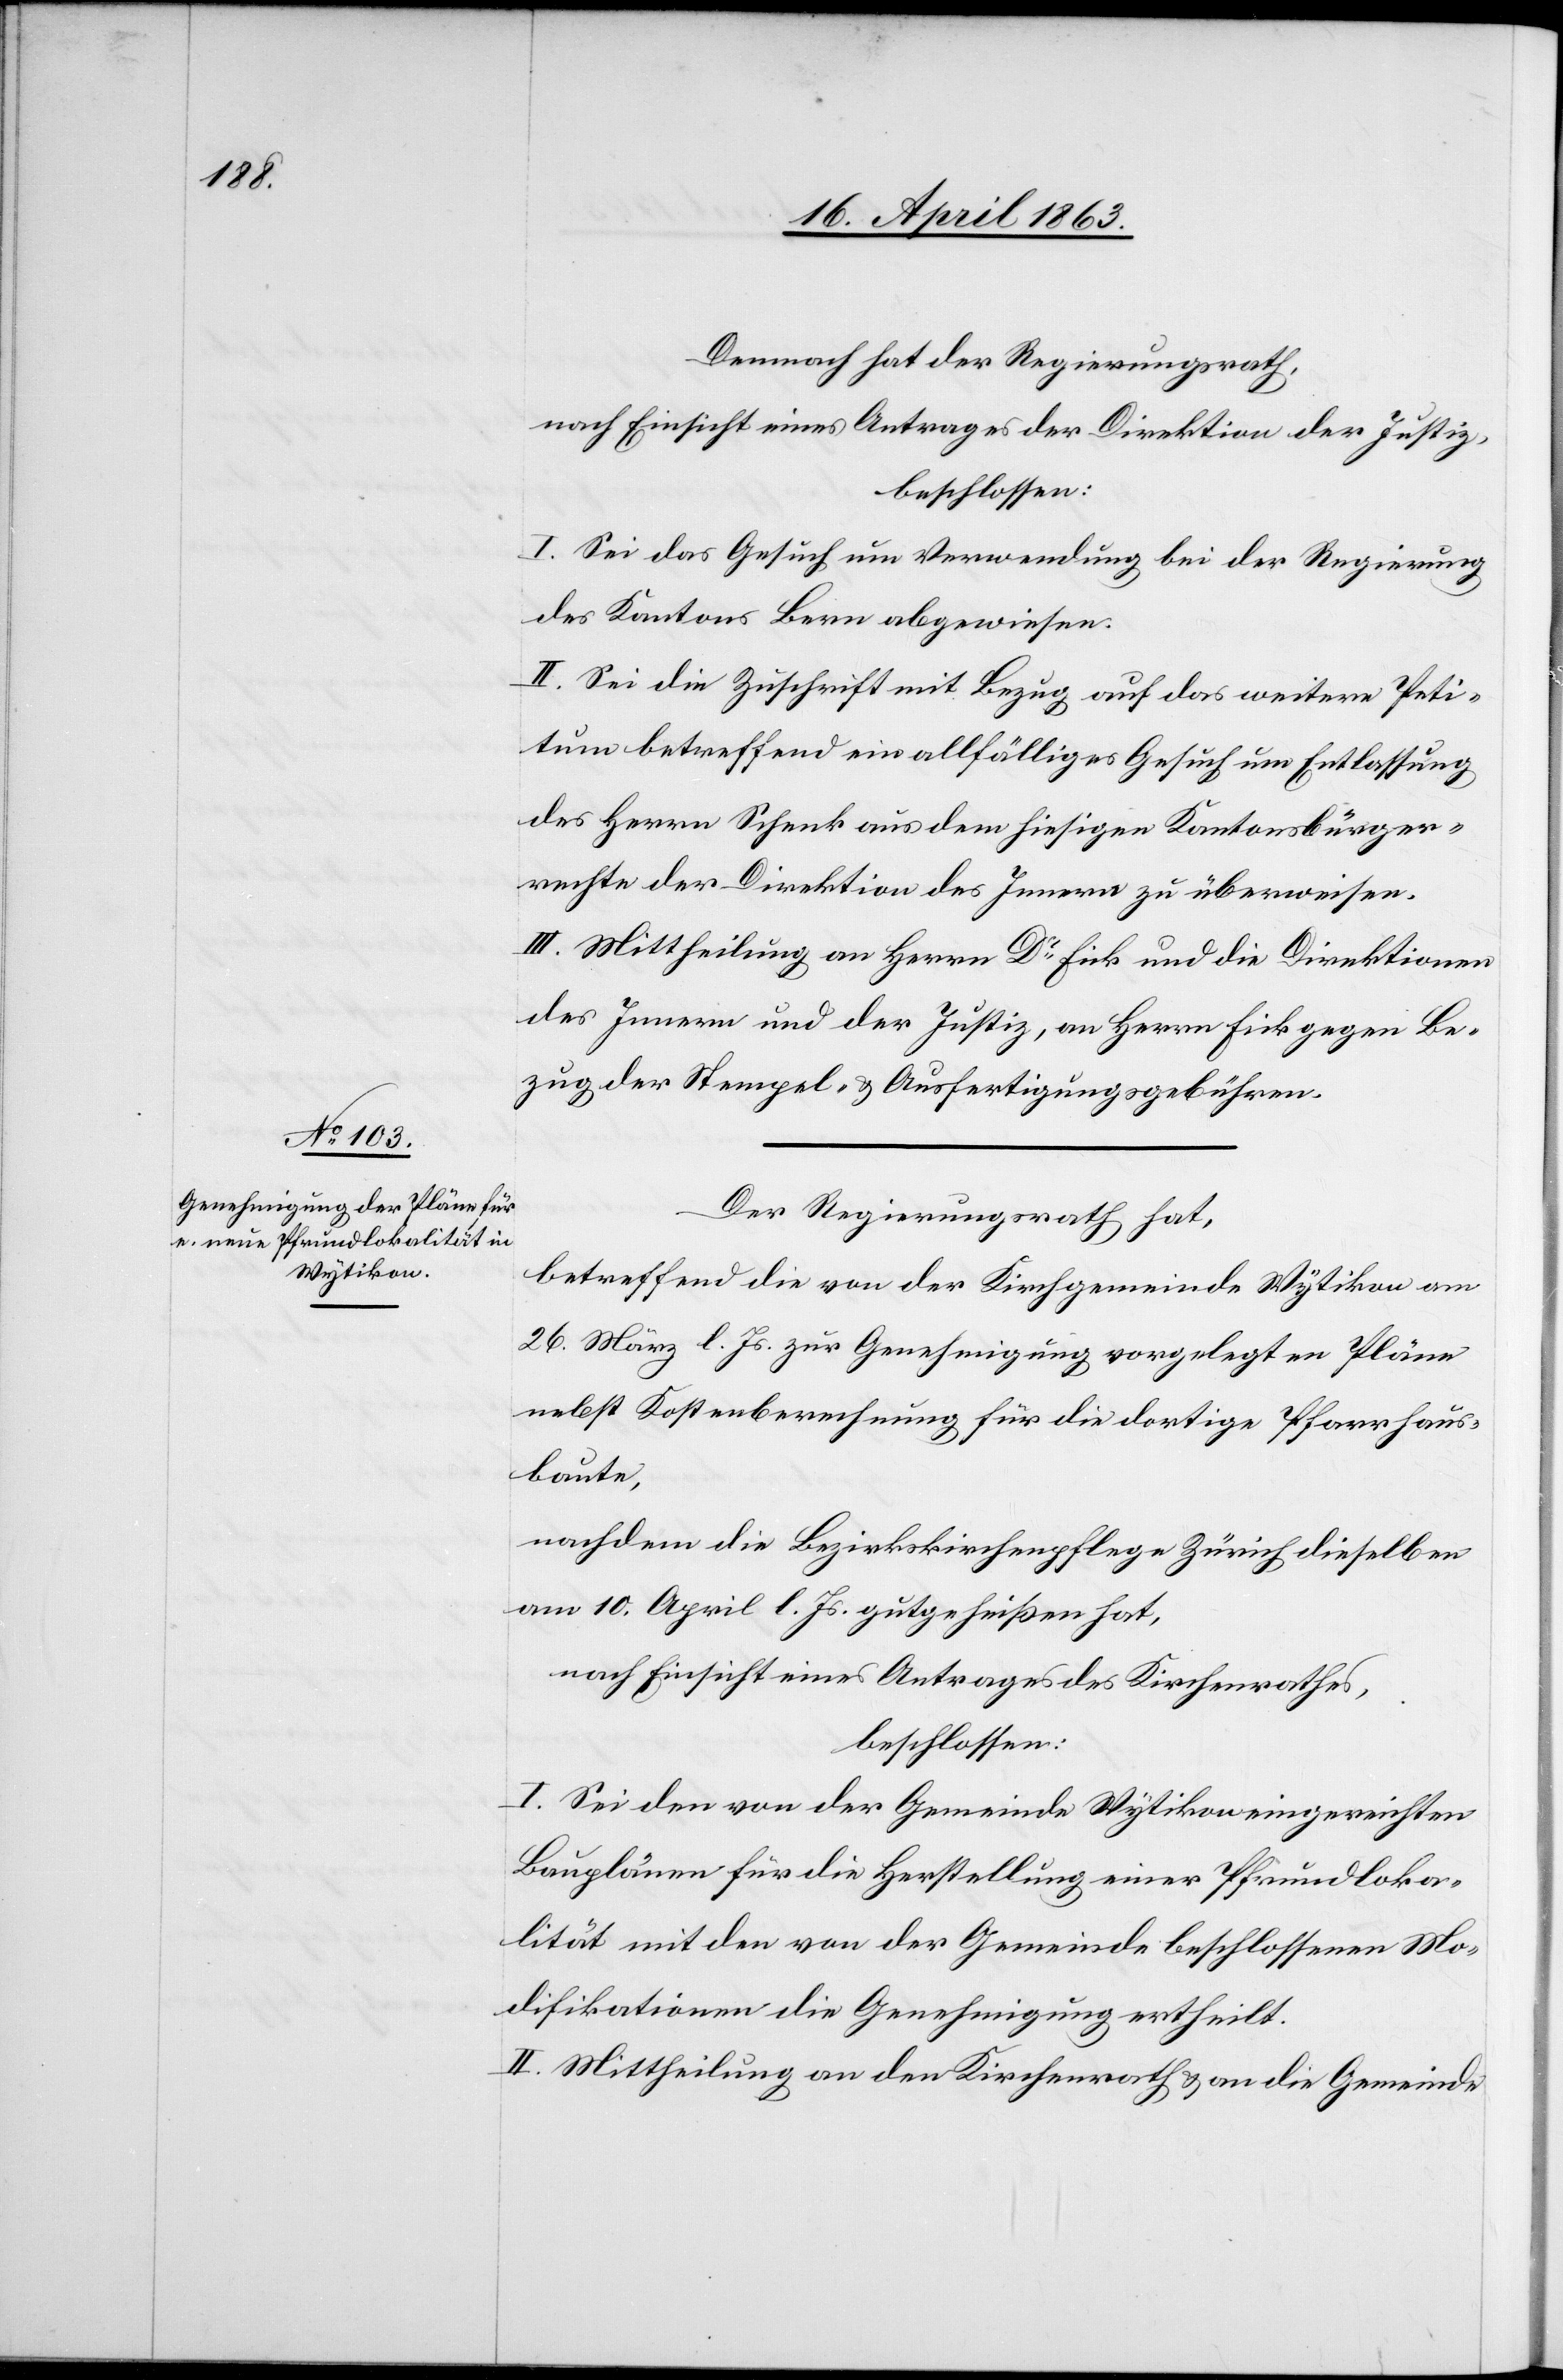
Demnach hat der Regierungsrath,
nach Einsicht eines Antrages der Direktion der Justiz,
beschlossen:
I. Sei das Gesuch um Verwendung bei der Regierung
des Kantons Bern abgewiesen.
II. Sei die Zuschrift mit Bezug auf das weitere Peti¬
tum betreffend ein allfälliges Gesuch um Entlassung
des Herrn Schenk aus dem hiesigen Kantonsbürger¬
rechte der Direktion des Innern zu überweisen.
III. Mittheilung an Herrn Dr Fink und die Direktionen
des Innern und der Justiz, an Herrn Fink gegen Be¬
zug der Stempel- & Ausfertigungsgebühren.
Der Regierungsrath hat,
betreffend die von der Kirchgemeinde Wytikon am
26. März l. Js. zur Genehmigung vorgelegten Pläne
nebst Kostenberechnung für die dortige Pfarrhaus¬
baute,
nachdem die Bezirkskirchenpflege Zürich dieselben
am 10. April l. Js. gutgeheißen hat,
nach Einsicht eines Antrages der Kirchenrathes,
beschlossen:
I. Sei den von der Gemeinde Wytikon eingereichten
Bauplänen für die Herstellung einer Pfrundloka¬
lität mit den von der Gemeinde beschlossenen Mo¬
difikationen die Genehmigung ertheilt.
II. Mittheilung an den Kirchenrath & an die Gemeinde